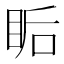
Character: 𥅠